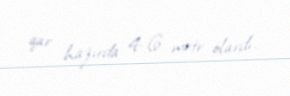
qar hazırda 4-6 metr olardı.